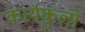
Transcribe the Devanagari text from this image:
कार्यकुलों